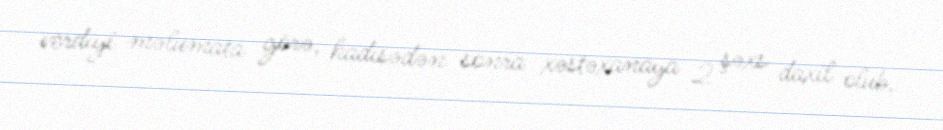
verdiyi məlumata görə, hadisədən sonra xəstəxanaya 2 şəxs daxil olub.